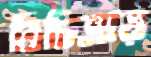
বিচিত্রায়